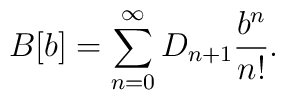
B[b] = \sum_{n=0}^\infty D_{n+1}\frac{b^n}{n!}.